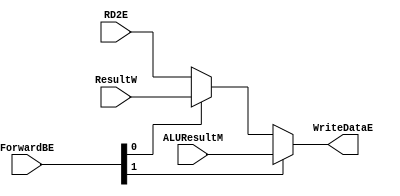
`timescale 1ns / 1ps
//////////////////////////////////////////////////////////////////////////////////
// Company: 
// Engineer: 
// 
// Design Name: 
// Module Name: forward2_mux
// Project Name: 
// Target Devices: 
// Tool Versions: 
// Description: 
// 
// Dependencies: 
// 
// Revision:
// Revision 0.01 - File Created
// Additional Comments:
// 
//////////////////////////////////////////////////////////////////////////////////


module forward2_mux #
(
     parameter WIDTH = 8
) (
     input  [WIDTH-1:0] RD2E,
     input  [WIDTH-1:0] ResultW,
     input  [WIDTH-1:0] ALUResultM,
     input  [1:0]       ForwardBE,
     output [WIDTH-1:0] WriteDataE
);
     assign WriteDataE = ForwardBE[1] ? ALUResultM : (ForwardBE[0] ? ResultW : RD2E);
endmodule